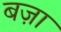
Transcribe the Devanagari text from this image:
बज़ा